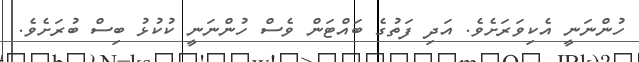
ހުންނަނީ އެކިވަރަށެވެ. އަދި ފަތުގެ ބައްޓަން ވެސް ހުންނަނީ ކުކުޅު ބިސް ބުރަށެވެ.